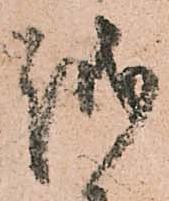
越